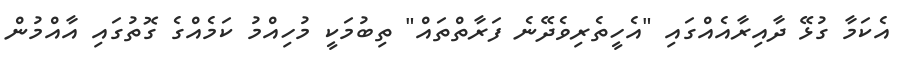
އެކަމާ ގުޅޭ ދާއިރާއެއްގައި "އެހީތެރިވެދޭނެ ފަރާތްތައް" ތިބުމަކީ މުހިއްމު ކަމެއްގެ ގޮތުގައި އާއްމުން